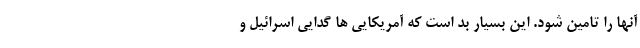
آنها را تامین شود. این بسیار بد است که آمریکایی ها گدایی اسرائیل و